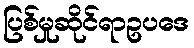
ပြစ်မှုဆိုင်ရာဥပဒေ